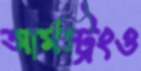
আর্মস্ট্রংও